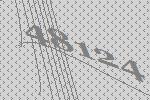
48124